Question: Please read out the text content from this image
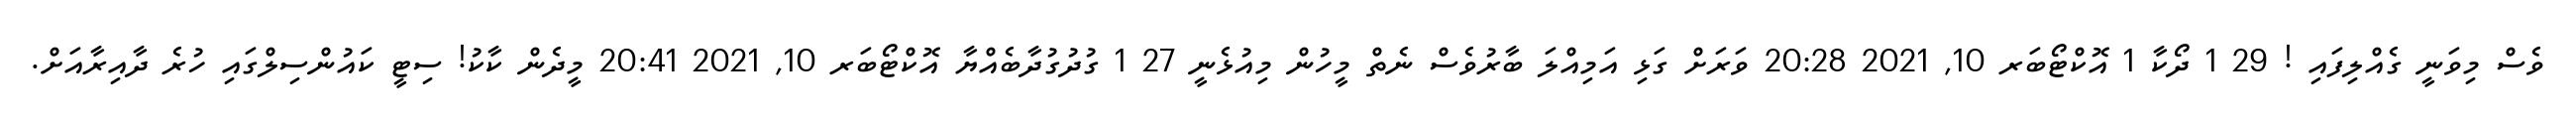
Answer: ވެސް މިވަނީ ގެއްލިފައި ! 29 1 ދޯކާ 1 އޮކްޓޯބަރ 10, 2021 20:28 ވަރަށް ގަޅި އަމިއްލަ ބާރުވެސް ނެތް މީހުން މިއުޅެނީ 27 1 ގުދުގުދާބެއްޔާ އޮކްޓޯބަރ 10, 2021 20:41 މީދެން ކާކު! ސިޓީ ކައުންސިލްގައި ހުރެ ދާއިރާއަށް.